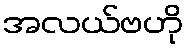
အလယ်ဗဟို